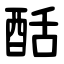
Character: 䣶